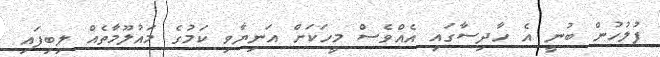
ފުލުހުން ބުނީ އެ ހާދިސާގައި އެއްވެސް މީހަކަށް އަނިޔާވި ކަމުގެ މައުލޫމާތެއް ލިބިފައި